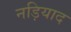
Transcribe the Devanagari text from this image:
नड़ियाद